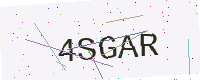
Text: 4SGAR